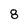
Character: 8